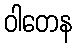
ဝါတေန